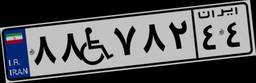
۸۸W۷۸۲۴۴